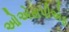
ઓએસપીએફ